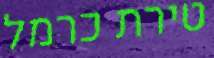
טירת כרמל